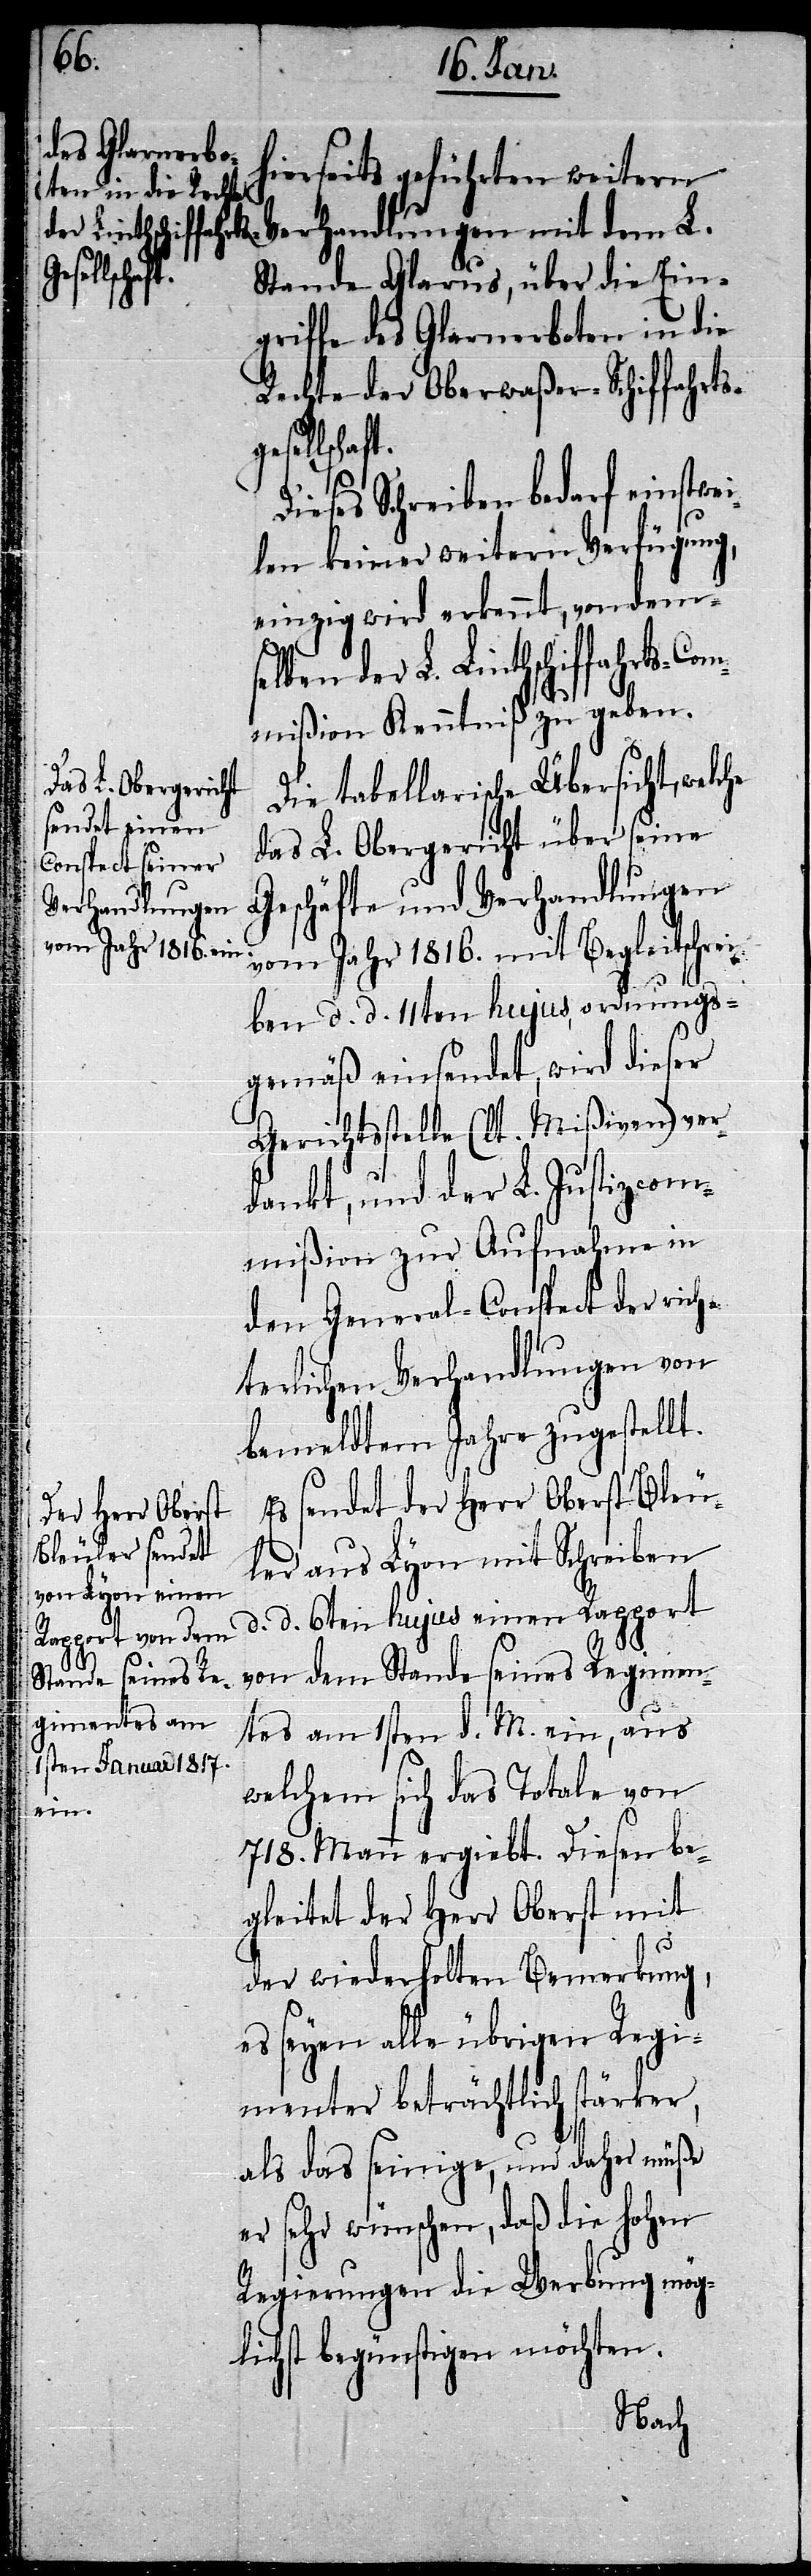
selben
welche

hierseits geführten weitern
Verhandlungen mit dem L.
Stande Glarus, über die Ein¬
griffe des Glarnerboten in die
Rechte der Oberwaßer-Schiffahrts¬
gesellschaf¬
Dieses Schreiben bedarf einstwei¬
len keiner weitern Verfügung,
einzig wird erkennt, von dem¬
der L. Linthschiffahrts-Co¬
mmißion Kenntniß zu geben.
Die tabellarische Übersicht,
das L. Obergericht über seine
Geschäfte und Verhandlungen
vom Jahr 1816. mit Begleitschrei¬
ben d. d. 11ten hujus ordnungs¬
gemäß einsendet, wird dieser
Gerichtsstelle (lt. Mißiven) ver¬
dankt, und der L. Justizcom¬
mißion zur Aufnahme in
den General-Conspect der rich¬
terlichen Verhandlungen von
bemeldtem Jahre zugestellt.
Es sendet der Herr Oberst Bleu¬
ler aus Lyon mit Schreiben
d. d. 6ten hujus einen Rapport
von dem Stande seines Regimen¬
tes am 1sten d. M. ein, aus
welchem sich das Totale von
718. Mann ergiebt. Diesen be¬
gleitet der Herr Oberst mit
der wiederholten Bemerkung,
es seyen alle übrigen Regi¬
menter beträchtlich stärker,
als das seinige, und daher müße
er sehr wünschen, daß die hohen
Regierungen die Werbung mög¬
lichst begünstigen möchten.